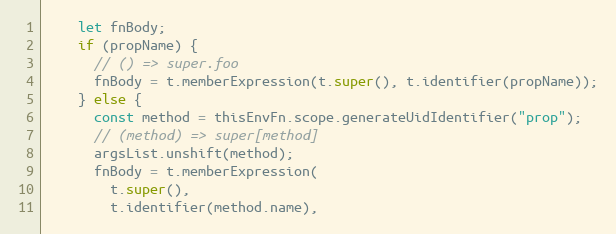
Language: JavaScript
    let fnBody;
    if (propName) {
      // () => super.foo
      fnBody = t.memberExpression(t.super(), t.identifier(propName));
    } else {
      const method = thisEnvFn.scope.generateUidIdentifier("prop");
      // (method) => super[method]
      argsList.unshift(method);
      fnBody = t.memberExpression(
        t.super(),
        t.identifier(method.name),